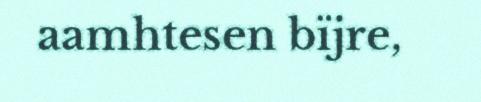
aamhtesen bïjre,